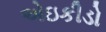
એઇકીડો